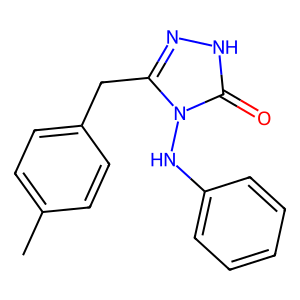
SMILES: Cc1ccc(Cc2n[nH]c(=O)n2Nc2ccccc2)cc1
Inhibits HIV replication: No